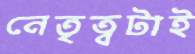
নেতৃত্বটাই